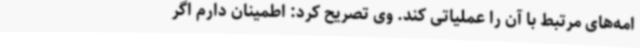
امه‌های مرتبط با آن را عملیاتی کند. وی تصریح کرد: اطمینان دارم اگر